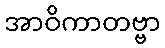
အာဝိကာတဗ္ဗာ